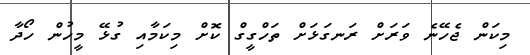
މިކަން ޖެހޭނެ ވަރަށް ރަނގަޅަށް ތަހްގީގް ކޮށް މިކަމާއި ގުޅޭ މީހުން ހޯދާ